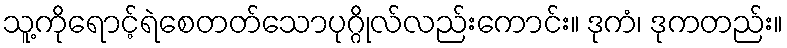
သူ့ကိုရောင့်ရဲစေတတ်သောပုဂ္ဂိုလ်လည်းကောင်း။ ဒုကံ၊ ဒုကတည်း။